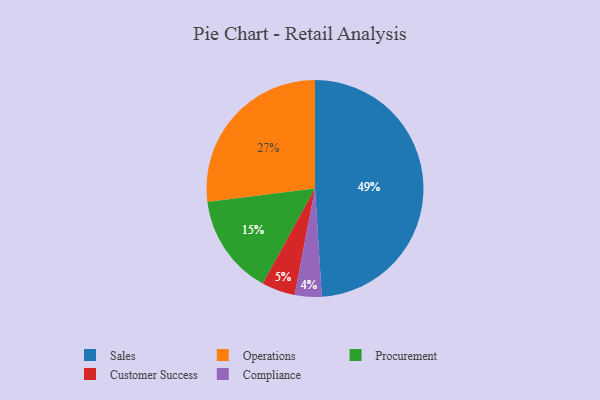
{"axis": {"x": "Category", "y": "Percentage"}, "legend": ["Compliance", "Customer Success", "Operations", "Procurement", "Sales"], "data": [{"x": "Procurement", "y": 15, "type": "Procurement"}, {"x": "Customer Success", "y": 5, "type": "Customer Success"}, {"x": "Compliance", "y": 4, "type": "Compliance"}, {"x": "Operations", "y": 27, "type": "Operations"}, {"x": "Sales", "y": 49, "type": "Sales"}]}